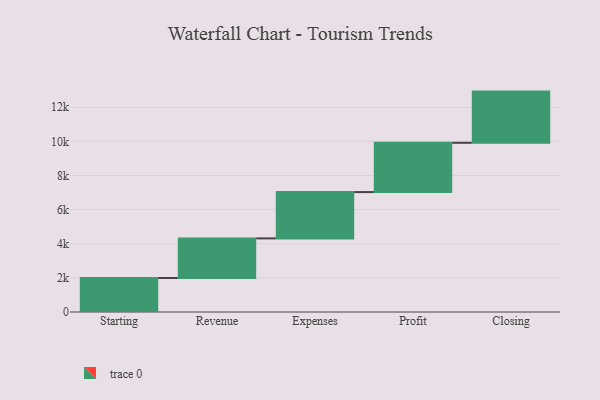
{"axis": {"x": "Step", "y": "Value"}, "legend": [""], "data": [{"x": "Starting", "y": 1994.0, "type": ""}, {"x": "Revenue", "y": 2321.0, "type": ""}, {"x": "Expenses", "y": 2714.0, "type": ""}, {"x": "Profit", "y": 2890.0, "type": ""}, {"x": "Closing", "y": 3000, "type": ""}]}